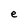
Character: e